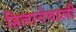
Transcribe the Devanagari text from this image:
हिलानेवाली